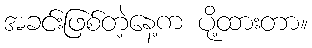
အခင်းဖြစ်တဲ့နေ့က ပို့ထားတာ။